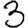
Digit: 3